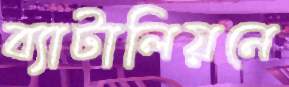
ব্যাটালিয়নে